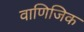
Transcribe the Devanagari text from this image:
वाणिजिक